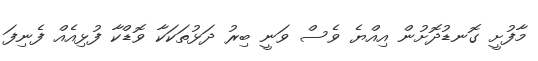
މާފުށީ ގޮނޑުދޮށުން އިއްޔެ ވެސް ވަނީ ބިރު ދަޅުތަކަކާ ވޮޑްކާ ފުޅިއެއް ފެނިފަ